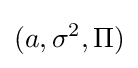
(a,\sigma ^{2},\Pi )